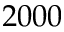
2 0 0 0